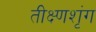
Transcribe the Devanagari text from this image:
तीक्ष्णशृंग